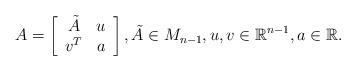
LaTeX: \begin{align*} A=\left[\begin{array}{cc} \tilde{A} & u\\ v^T & a\end{array}\right], \tilde{A}\in M_{n-1},u,v\in \mathbb{R}^{n - 1}, a\in \mathbb{R}.\end{align*}